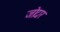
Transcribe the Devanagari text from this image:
जोदार